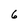
Character: 6